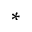
^ *